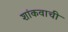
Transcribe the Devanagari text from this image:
शांकवाची